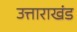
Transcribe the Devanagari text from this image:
उत्ताराखंड